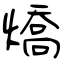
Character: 燆